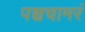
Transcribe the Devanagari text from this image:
पञ्चचामरं